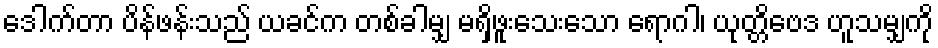
ဒေါက်တာ ပိန်ဖန်းသည် ယခင်က တစ်ခါမျှ မရှိဖူးသေးသော ရောဂါ၊ ယုတ္တိဗေဒ ဟူသမျှကို